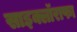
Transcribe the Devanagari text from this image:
साइक्लॉराफा